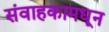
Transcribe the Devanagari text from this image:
संवाहकामधून